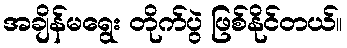
အချိန်မရွေး တိုက်ပွဲ ဖြစ်နိုင်တယ်။